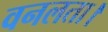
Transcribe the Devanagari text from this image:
वनलता।